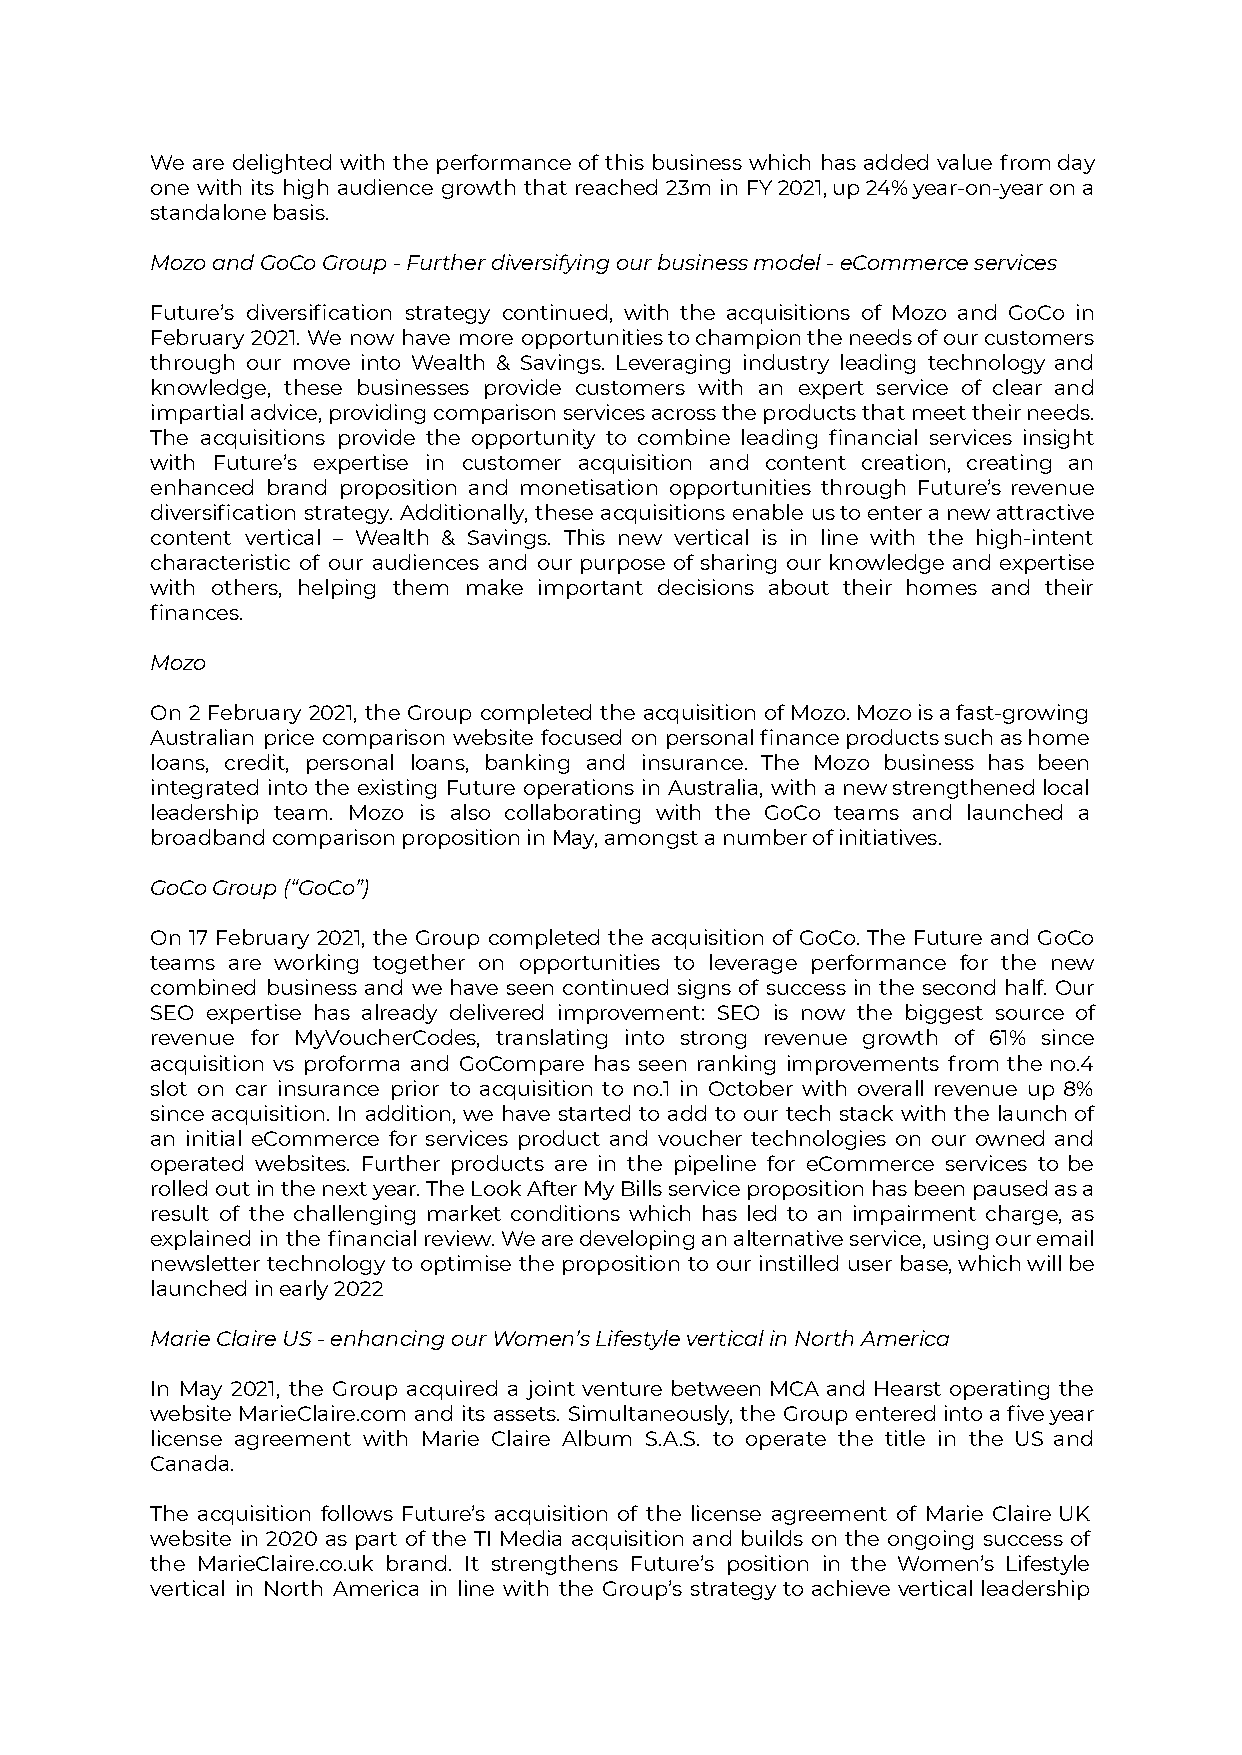
We are delighted with the performance of this business which has added value fromday
 one with its high audience growth that reached 23m in FY2021,up24%year-on-yearona
 standalone basis.
 Mozo and GoCo Group - Further diversifying our business model - eCommerce services
 Future’s diversification strategy continued, with the acquisitions of Mozo and GoCo in
 February 2021. We now have more opportunitiestochampiontheneedsofourcustomers
 through our move into Wealth & Savings. Leveraging industry leading technology and
 knowledge, these businesses provide customers with an expert service of clear and
 impartialadvice,providingcomparisonservicesacrosstheproductsthatmeettheirneeds.
 The acquisitions provide the opportunity to combine leading financial services insight
 with Future’s expertise in customer acquisition and content creation, creating an
 enhanced brand proposition and monetisation opportunities through Future’s revenue
 diversification strategy. Additionally, these acquisitions enable ustoenteranewattractive
 content vertical – Wealth & Savings. This new vertical is in line with the high-intent
 characteristic of our audiences and our purpose of sharing our knowledge and expertise
 with others, helping them make important decisions about their homes and their
 finances.
 Mozo
 On 2 February 2021, the Group completed the acquisition ofMozo.Mozoisafast-growing
 Australian price comparison website focused on personalfinanceproductssuchashome
 loans, credit, personal loans, banking and insurance. The Mozo business has been
 integrated into the existing Future operations in Australia, with anewstrengthenedlocal
 leadership team. Mozo is also collaborating with the GoCo teams and launched a
 broadband comparison proposition in May, amongst a number of initiatives.
 GoCo Group (“GoCo”)
 On 17 February 2021, the Group completed the acquisition of GoCo. The Future and GoCo
 teams are working together on opportunities to leverage performance for the new
 combined business and we have seen continued signs of success in the second half. Our
 SEO expertise has already delivered improvement: SEO is now the biggest source of
 revenue for MyVoucherCodes, translating into strong revenue growth of 61% since
 acquisition vs proforma and GoCompare has seen ranking improvements from the no.4
 slot on car insurance prior to acquisition to no.1 in October with overall revenue up 8%
 since acquisition. In addition, we have started to add to our tech stack with the launchof
 an initial eCommerce for services product and voucher technologies on our owned and
 operated websites. Further products are in the pipeline for eCommerce services to be
 rolledoutinthenextyear.TheLookAfterMyBillsservicepropositionhasbeenpausedasa
 result of the challenging market conditions which has led to an impairment charge, as
 explained in the financialreview.Wearedevelopinganalternativeservice,usingouremail
 newsletter technology to optimise the proposition to our instilled user base,whichwillbe
 launched in early 2022
 Marie Claire US - enhancing our Women’s Lifestyle vertical in North America
 In May 2021, the Group acquired a joint venture between MCA and Hearst operating the
 website MarieClaire.com and its assets. Simultaneously, the Group enteredintoafiveyear
 license agreement with Marie Claire Album S.A.S. to operate the title in the US and
 Canada.
 The acquisition follows Future’s acquisition of the license agreement of Marie Claire UK
 website in 2020 as part of the TI Media acquisition and builds on the ongoing success of
 the MarieClaire.co.uk brand. It strengthens Future’s position in the Women’s Lifestyle
 vertical in North America in line with the Group’s strategy to achieve vertical leadership